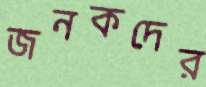
জনকদের